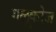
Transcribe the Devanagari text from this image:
गलूकोज